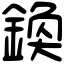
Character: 𨩉